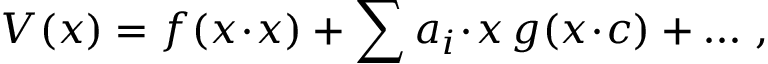
V ( x ) = f ( x \! \cdot \! x ) + \sum a _ { i } \! \cdot \! x \, g ( x \! \cdot \! c ) + \dots \, ,